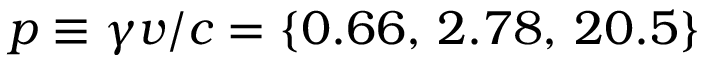
p \equiv \gamma v / c = \{ 0 . 6 6 , \, 2 . 7 8 , \, 2 0 . 5 \}